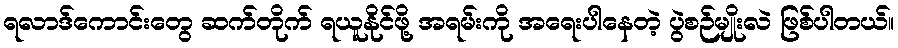
ရလာဒ်ကောင်းတွေ ဆက်တိုက် ရယူနိုင်ဖို့ အရမ်းကို အရေးပါနေတဲ့ ပွဲစဉ်မျိုးလဲ ဖြစ်ပါတယ်။